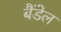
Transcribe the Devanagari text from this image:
बैंडेल